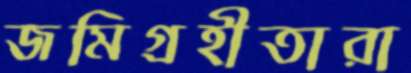
জমিগ্রহীতারা